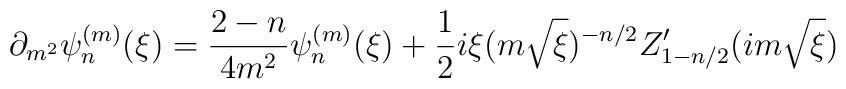
\partial_{m^{2}} \psi^{(m)}_{n}(\xi ) = \frac{2-n}{4m^{2}} \psi^{(m)}_{n}(\xi ) + \frac{1}{2} i \xi (m \sqrt{\xi})^{-n/2} Z'_{1-n/2}(im\sqrt{\xi})